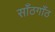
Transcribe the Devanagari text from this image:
साँठगाँठ